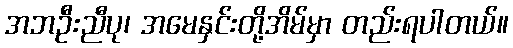
အဘဦးညီပု၊ အမေနှင်းတို့အိမ်မှာ တည်းရပါတယ်။